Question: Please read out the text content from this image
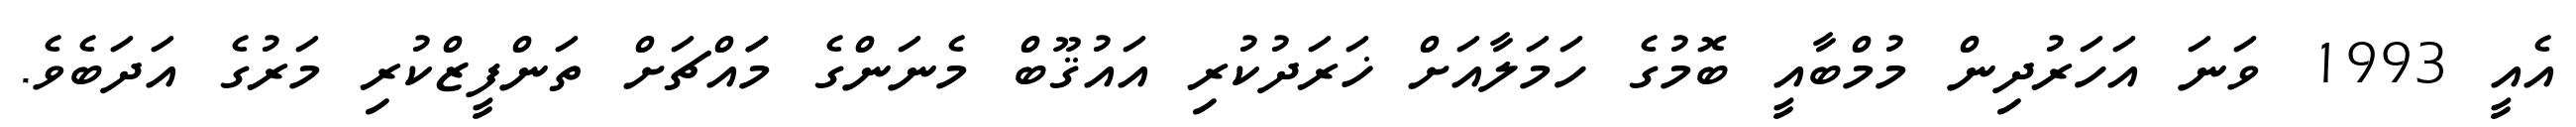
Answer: އެއީ 1993 ވަނަ އަހަރުދިން މުމްބާއީ ބޮމުގެ ހަމަލާއަށް ޚަރަދުކުރި އައުޤޫބް މެނަންގެ މަައްޗަށް ތަންފީޒްކުރި މަރުގެ އަދަބެވެ.